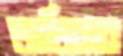
জাজিসার